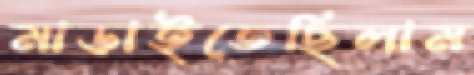
মাড়াইতেছিলাম